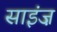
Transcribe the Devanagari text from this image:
साइंज़